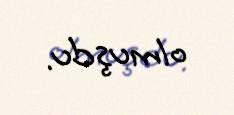
olmuşdu.